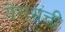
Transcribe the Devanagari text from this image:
येरामंची